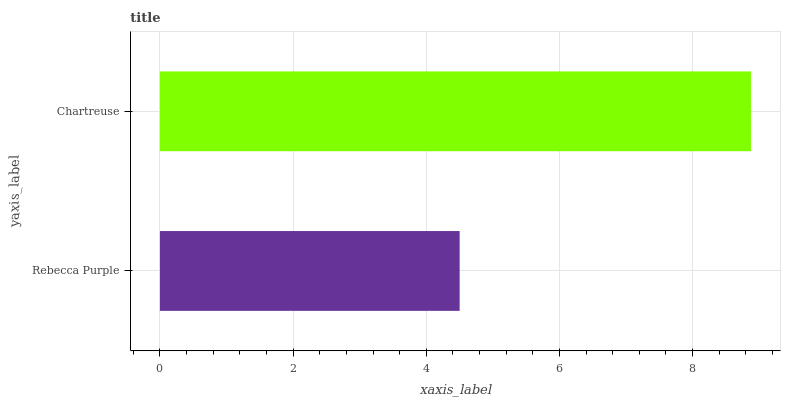
| yaxis_label | bars |
 | --- | --- |
 | Rebecca Purple | 4.5 |
 | Chartreuse | 8.88 |